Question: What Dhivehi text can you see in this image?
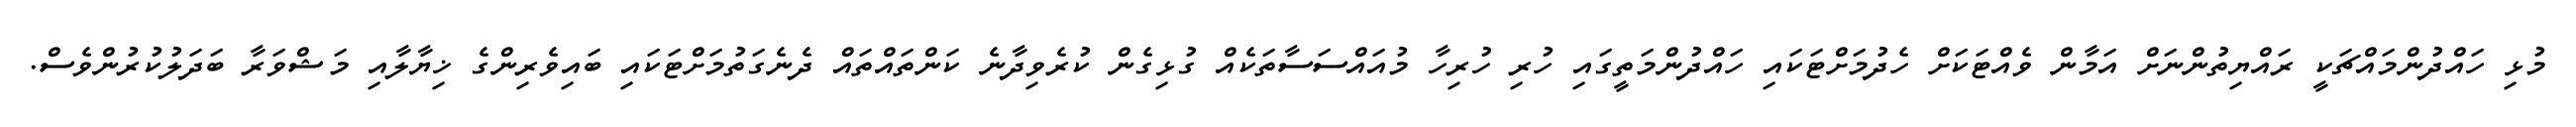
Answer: މުޅި ހައްދުންމައްޗަކީ ރައްޔިތުންނަށް އަމާން ވެއްޓަކަށް ހެދުމަށްޓަކައި ހައްދުންމަތީގައި ހުރި ހުރިހާ މުއައްސަސާތަކެއް ގުޅިގެން ކުރެވިދާނެ ކަންތައްތައް ދެނެގަތުމަށްޓަކައި ބައިވެރިންގެ ޚިޔާލާއި މަޝްވަރާ ބަދަލުކުރުންވެސް.